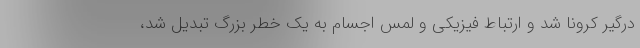
درگیر کرونا شد و ارتباط فیزیکی و لمس اجسام به یک خطر بزرگ تبدیل شد،